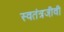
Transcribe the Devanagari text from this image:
स्वतंत्रजीवी